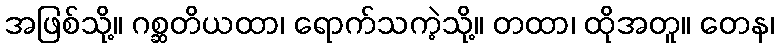
အဖြစ်သို့။ ဂစ္ဆတိယထာ၊ ရောက်သကဲ့သို့။ တထာ၊ ထိုအတူ။ တေန၊